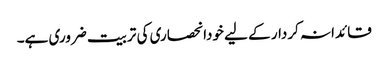
قائدانہ کردار کے لیے خودانحصاری کی تربیت ضروری ہے۔